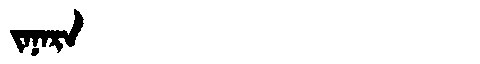
Manchu: ᠵᠠᠨᠠᡵᠠ
Romanization: JANARA